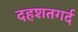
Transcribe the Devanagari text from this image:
दहशतगर्द